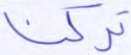
تركنا